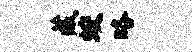
藏蛟略